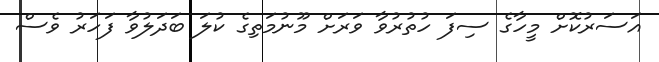
އަސަރުކޮށް މީހާގެ ސިފަ ހުތުރުވާ ވަރަށް މޫނުމަތިގެ ކުލަ ބަދަލުވާ ފަހަރު ވެސް